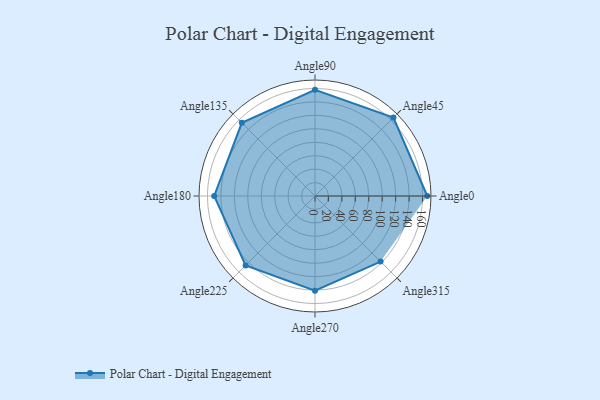
{"axis": {"x": "Angle", "y": "Radius"}, "legend": [""], "data": [{"x": "Angle0", "y": 167.0, "type": ""}, {"x": "Angle45", "y": 165.0, "type": ""}, {"x": "Angle90", "y": 158.0, "type": ""}, {"x": "Angle135", "y": 154.0, "type": ""}, {"x": "Angle180", "y": 150.0, "type": ""}, {"x": "Angle225", "y": 146.0, "type": ""}, {"x": "Angle270", "y": 141.0, "type": ""}, {"x": "Angle315", "y": 138.0, "type": ""}]}